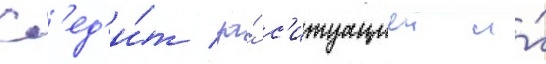
сл'ед'и́т за́ с'итуациеи и́